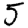
Digit: 5